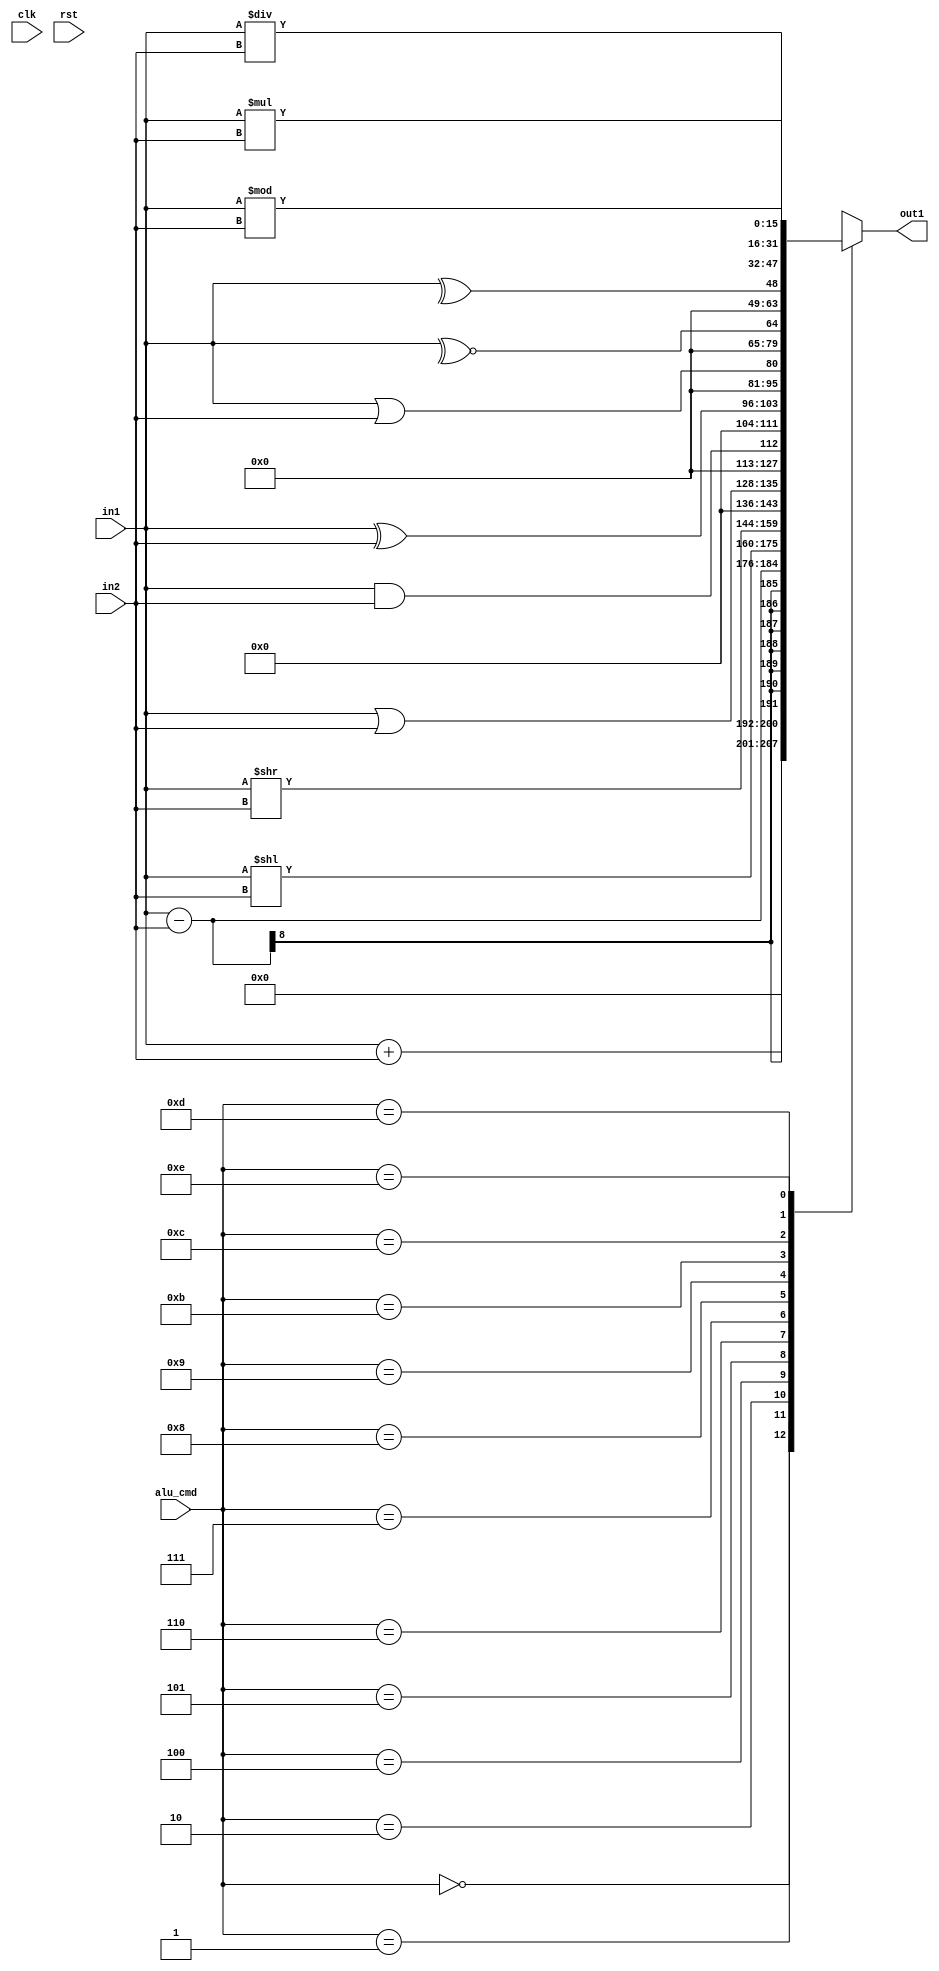
module alu	#(parameter WIDTH1=8,
							parameter WIDTH2=4,
							parameter WIDTH=16)
							(input [WIDTH1-1:0]in1,
							 input [WIDTH1-1:0]in2,
						 	 input clk,
						 	 input rst,
							 /*output reg [2:0]count,*/
							 input [WIDTH2-1:0]alu_cmd,
						 	 output reg[WIDTH-1:0]out1);
	//reg [`WIDTH-1:0]q,q1;
	//reg [`WIDTH-1:0]out_temp;
	//reg [`WIDTH-1:0]out1;
	//assign out = out_temp;
	always @(in1 or in2 or alu_cmd)
		begin:alw_blk
			case(alu_cmd)
				4'b0000://addition
					begin
						out1=in1+in2;
					end
				4'b0001://subtraction
					begin
						out1=in1-in2;
					end
				4'b0010://left shifting
					begin
						out1=in1<<in2;
					end
				4'b0100://right shifting
					begin
						out1=in1>>in2;
					end
				4'b0101://bit wise operator
					begin
						out1=in1 | in2;
					end
				4'b0110://logical and
					begin
						out1=in1 && in2;
					end
				4'b0111://bit wise xor operator
					begin
						out1=in1 ^ in2;
					end
				4'b1000://logical or operator
					begin
						out1=in1 || in2;
					end
				4'b1001://reduction xnor operator
					begin
						out1=(~^in1);
					end
				4'b1011://bit wise xor operator
					begin
						out1=(^in1);
					end
				4'b1100://multiplication
					begin
						out1=in1*in2;
					end
				4'b1101://division
					begin
						out1=in1/in2;
					end
				4'b1110://modulus
					begin
						out1=in1%in2;
					end
					default:
						begin
							out1=1'bx;
						end
				endcase
			end:alw_blk
	/*	always@(posedge clk)
			begin:alwy_blk
				if(!rst)
					begin:if_blk
						out_temp<=1'b0;
					end:if_blk
				else
					begin:else_blk
						q <= out1;
						q1 <= q;
						out_temp <= q1;
						if(count<'d2)
							begin
								count <= count + 'd1;
							end
						else
							begin
								count <= 1;
								out_temp<=out_temp;
							end
				end:else_blk
		end:alwy_blk*/
endmodule